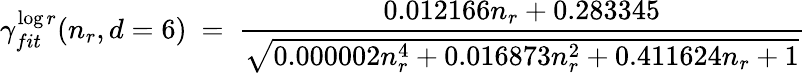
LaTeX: {\gamma_{fit}^{\log r}(n_{r},d=6)\ =\ \frac{0.012166n_{r}+0.283345}{\sqrt{0.000002n_{r}^{4}+0.016873n_{r}^{2}+0.411624n_{r}+1}}}